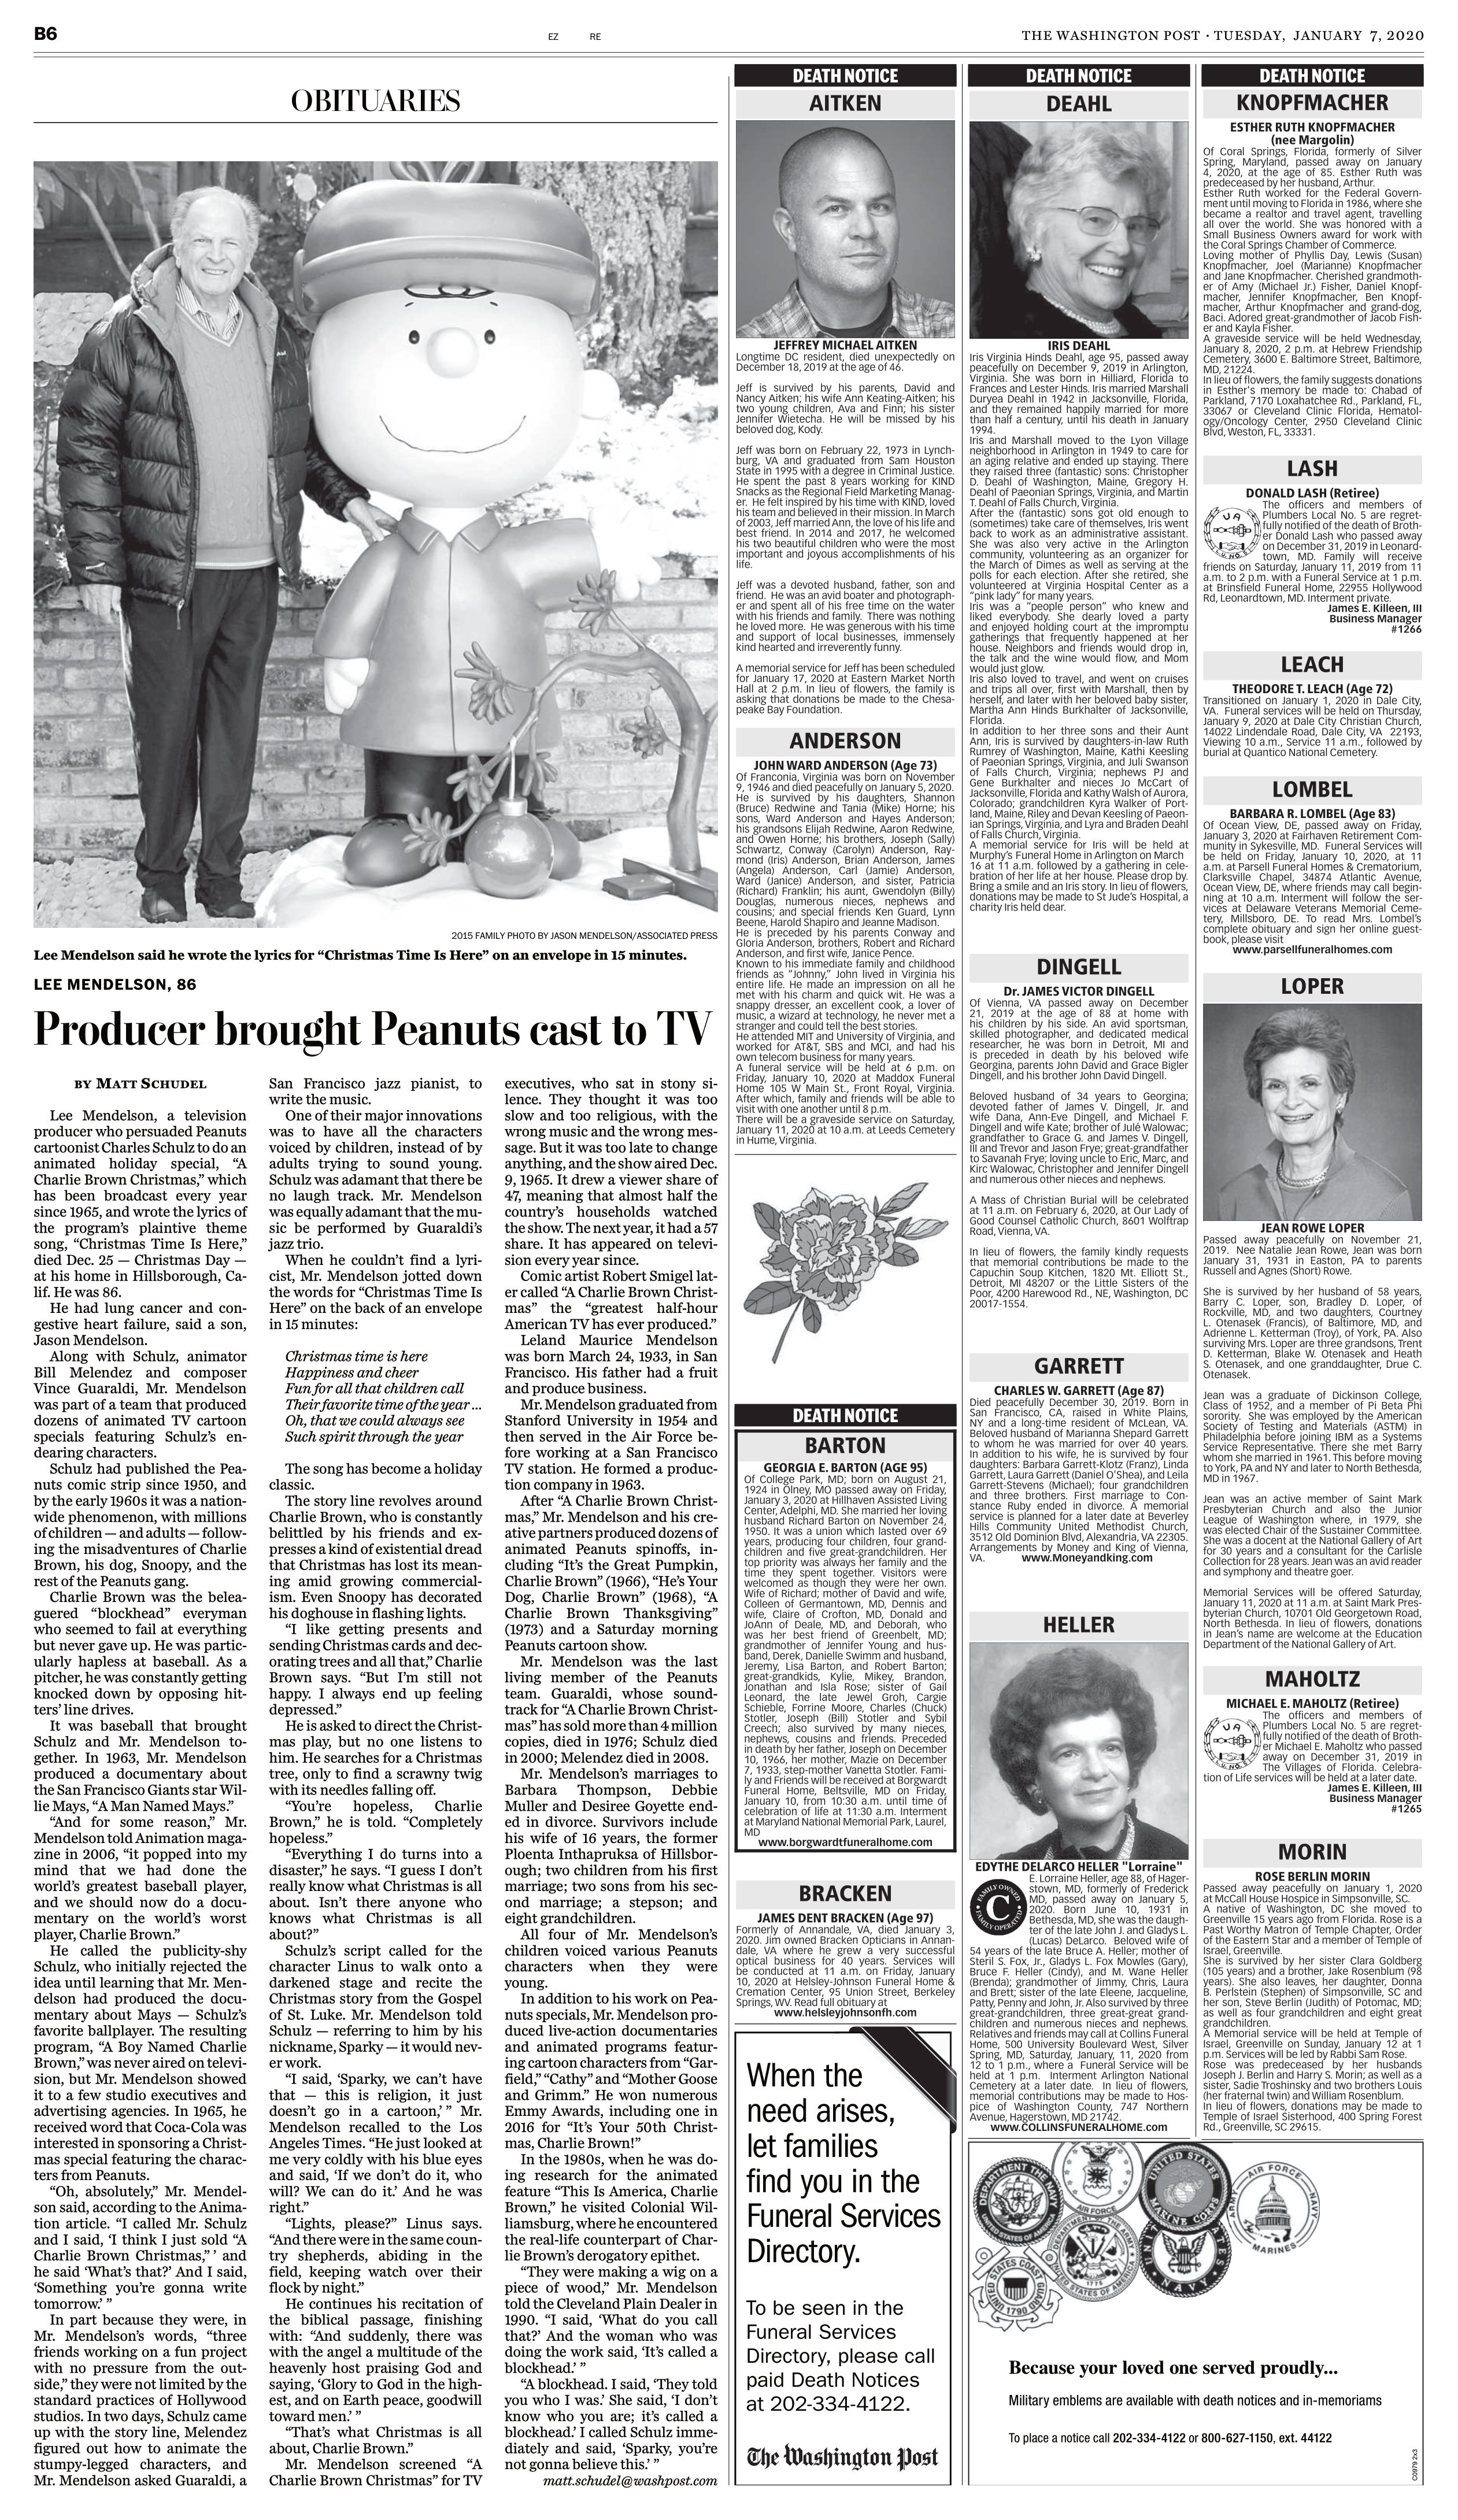
Language: en